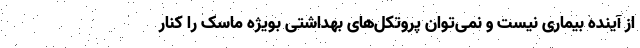
از آینده بیماری نیست و نمی‌توان پروتکل‌های بهداشتی بویژه ماسک را کنار